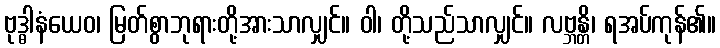
ဗုဒ္ဓါနံယေဝ၊ မြတ်စွာဘုရားတို့အားသာလျှင်။ ဝါ၊ တို့သည်သာလျှင်။ လဗ္ဘန္တိ၊ ရအပ်ကုန်၏။